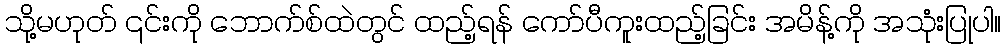
သို့မဟုတ် ၎င်းကို ဘောက်စ်ထဲတွင် ထည့်ရန် ကော်ပီကူးထည့်ခြင်း အမိန့်ကို အသုံးပြုပါ။